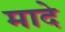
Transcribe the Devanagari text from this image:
मादे